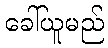
ခေါ်ယူမည်